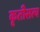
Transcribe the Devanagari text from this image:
कृतीसत्य